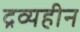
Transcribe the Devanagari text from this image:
द्रव्यहीन